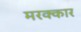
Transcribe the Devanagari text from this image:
मरक्कार